Medical and sanitary report of the native army of Bengal for the year
Year: 1878
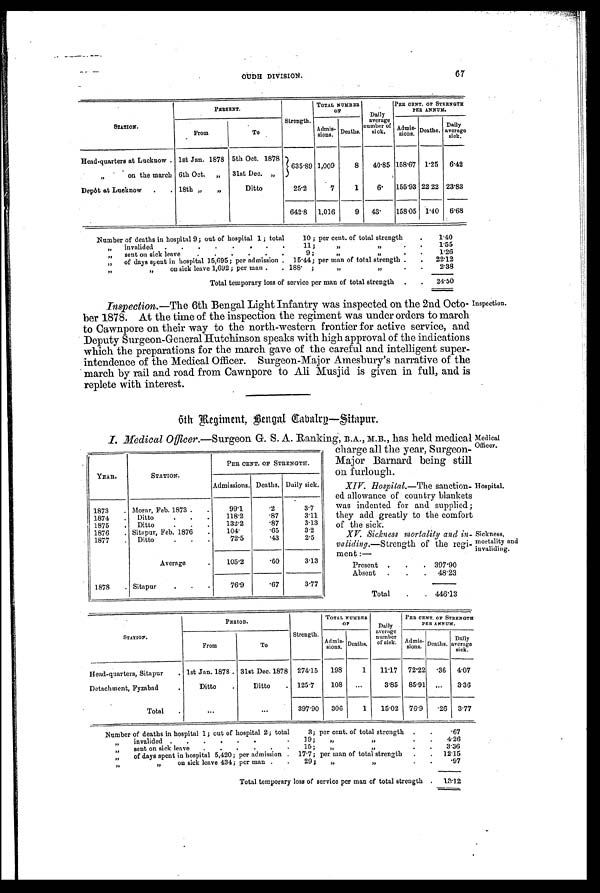
Medical
Officer.
Hospital,
Sickness,
mortality and
invaliding.
O U D H D I V I S I O N .
6 7
STATION.
PERSENT.
Strength.
TOTAL NUMBER
OF
Daily
average
number of
sick.
PER CENT. OP STRENGTH
PER ANNUM.
From
To
Admis-
sions. Deaths.
A d m i s -
sions. Deaths.
Daily
average
sick.
Head-quarters at Lucknow. 1st Jan. 1878 5th Oct. 1878
635 .89 1,009
8
40.85 158. 67 1. 25
6.42
,,
on the march 6th Oct.
„
31st Dec. „
Depôt at Lucknow
.
. 18th „
„
Ditto
25.2
7
1
6 .
155 .93 22.22 23.83
642 . 8
1,016
9
43.
158.05
1 . 40
6.68
Number of deaths in hospital 9 ; out of hospital 1 ; total 10 ; per cent. of total strength
.
1.40
, , i n v a l i d e d
. . . . . . . . 1 1 ;
„
.
.
1.55
„
sent on sick leave
.
.
.
. . . 9 ;
, ,
,,
.
.
1.26
„
of days spent in hospital 15,695; per admission .
15 . 44; per man of total strength .
.
22.12
,,
,,
on sick leave 1,692; per man .
. 188. ; , ,
.
.
2.38
Total temporary loss of service per man of total strength
.
.
24.50
Inspection.—The 6th Bengal Light Infantry was inspected on the 2nd Octo-
ber 1878. At the time of the inspection the regiment was under orders to march
to Cawnpore on their way to the north-western frontier for active service, and
Deputy Surgeon-General Hutchinson speaks with high approval of the indications
which the preparations for the march gave of the careful and intelligent super-
intendence of the Medical Officer. Surgeon-Major Amesbury's narrative of the
march by rail and road from Cawnpore to Ali Musjid is given in full, and is
replete with interest.
Inspection.
6th Regimentm Bengal Cabalry—Sitapur.
I. Medical Officer. —Surgeon G. S. A. Ranking, B.A., M.B., has held medical
YEAR.
STATION.
PER CENT. OF STRENGTH.
Admissions. Deaths. Daily sick.
1873
. Morar, Feb. 1873.
.
99.1
. 2 3.7
1874
.
D i t t o . . .
118.2
. 8 7 3.11
1875
.
Ditto
.
. .
132.2
. 8 7 3.13
1876
. Sitapur, Feb. 1876
.
104.
. 6 5 3.2
1877
.
D i t t o . . .
72.5
. 4 3 2.5
Average
.
105.2
. 6 0 3.13
1878
. Sitapur
.
.
.
76.9
. 6 7 3.77
charge all the year, Surgeon-
Major Barnard being still
on furlough.
XIV. Hospital.—The sanction-
ed allowance of country blankets
was indented for and supplied;
they add greatly to the comfort
of the sick.
XV Sickness mortality and in-
validing.—Strength of the regi-
ment :—
Present
.
.
. 397.90
Absent
.
.
.
48.23
Total
.
. 446.13
STATION.
PERIOD.
Strength.
TOTAL NUMBER
O F
Daily
average
number
of sick.
PER CENT. OF STRENGTH
PER ANNUM.
From
To
Admis- s i o n s . Deaths.
A d m i s i o n s .
Deaths.
D a i l y a v e r a g e s i c k .
Head-quarters, Sitapur
. 1st Jan. 1878 . 31st Dec. 1878
274. 15
198
1
11 .17
72.22 .36
4.07
Detachment, Fyzabad
Ditto
.
Ditto
.
125 . 7
108
...
3.85
85. 91
. . .
3.36
Total
. . .
. . .
397 . 90
306
1
15.02
76.9
.26
3.77
Number of deaths in hospital 1; out of hospital 2; total 3; per cent, of total strength
.
.
.67
invalided .
.
.
.
.
.
.
19;
,,
, ,
.
.
4.26
sent on sick leave
.
.
.
.
.
.
15;
„
, ,
.
.
3.36
of days spent in hospital 5,420; per admission .
17.7; per man of total strength
.
.
12.15
„
on sick leave 434; per man .
.
29 ;
„
„
.
.
.97
Total temporary loss of service per man of total strength .
1 3 . 1 2